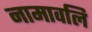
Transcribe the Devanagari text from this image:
नामावलि